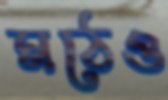
মঠেও